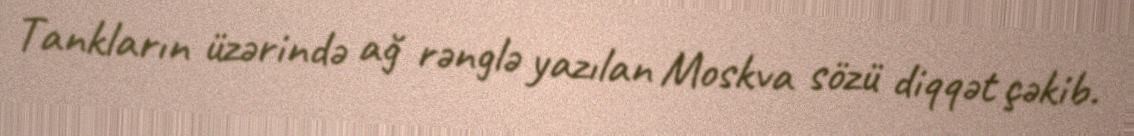
Tankların üzərində ağ rənglə yazılan Moskva sözü diqqət çəkib.